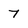
Character: 7